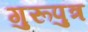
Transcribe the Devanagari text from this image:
गुरूपुत्र